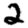
Digit: 2